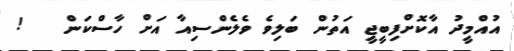
އުއްމީދު އާކޮށްފިބީޖީ އަތުން ބަލިވެ ވެލެންސިއާ އަށް ހާސްކަން   !